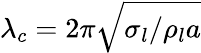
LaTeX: \lambda_{c}={2\pi\sqrt{\sigma_{l}/\rho_{l}a}}